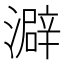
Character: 澼